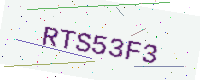
Text: RTS53F3